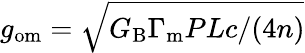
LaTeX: g_{\mathrm{om}}=\sqrt{G_{\mathrm{B}}\Gamma_{\mathrm{m}}PLc/(4n)}